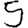
Digit: 5